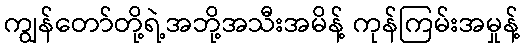
ကျွန်တော်တို့ရဲ့အဘို့အသီးအမိန့် ကုန်ကြမ်းအမှုန့်